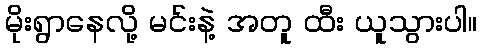
မိုးရွာနေလို့ မင်းနဲ့ အတူ ထီး ယူသွားပါ။